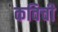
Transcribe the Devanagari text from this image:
कविची